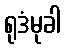
ရုဒံမုခါ